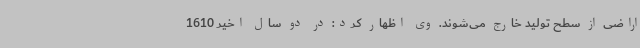
اراضی از سطح تولید خارج می‌شوند. وی اظهار کرد: در دو سال اخیر 1610